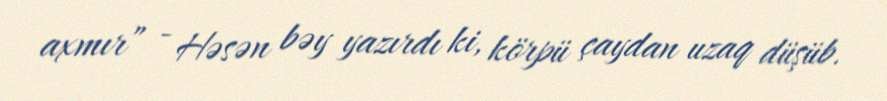
axmır” - Həsən bəy yazırdı ki, körpü çaydan uzaq düşüb.